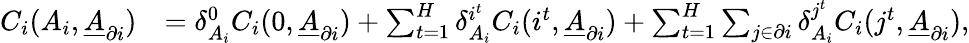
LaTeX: \begin{array}{rl}{C_{i}(A_{i},\underline{{A}}_{\partial i})}&{=\delta_{A_{i}}^{0}C_{i}(0,\underline{{A}}_{\partial i})+\sum_{t=1}^{H}\delta_{A_{i}}^{i^{t}}C_{i}(i^{t},\underline{{A}}_{\partial i})+\sum_{t=1}^{H}\sum_{j\in\partial i}\delta_{A_{i}}^{j^{t}}C_{i}(j^{t},\underline{{A}}_{\partial i}),}\end{array}